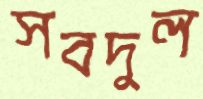
সবদুল